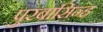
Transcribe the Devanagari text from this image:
पुरबासिन्ह